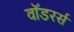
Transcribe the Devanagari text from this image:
वॉडरर्स